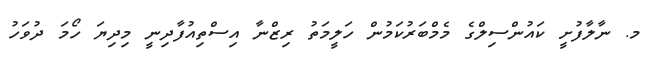
މ. ނާލާފުށީ ކައުންސިލްގެ މެމްބަރުކަމުން ހަލީމަތު ރިޒްނާ އިސްތިއުފާދިނީ މިދިޔަ ހޯމަ ދުވަހު